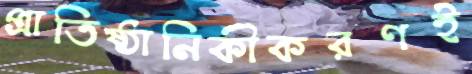
প্রাতিষ্ঠানিকীকরণই